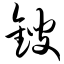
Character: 锼